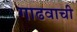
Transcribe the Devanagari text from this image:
गाढवाची